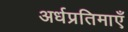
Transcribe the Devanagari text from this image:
अर्धप्रतिमाएँ